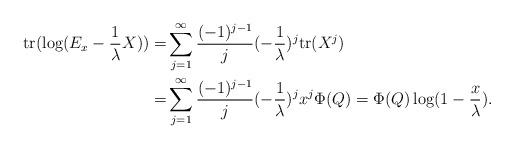
LaTeX: \begin{align*}\mathrm{tr} (\log (E_x-\frac{1}{\lambda} X ))=& \sum_{j=1}^\infty \frac{(-1)^{j-1}}{j} (-\frac{1}{\lambda})^j \mathrm{tr} (X^j) \\=& \sum_{j=1}^\infty \frac{(-1)^{j-1}}{j} (-\frac{1}{\lambda})^j x^j \Phi(Q) = \Phi(Q) \log(1-\frac{x}{\lambda}).\end{align*}